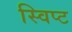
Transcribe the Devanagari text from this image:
स्विप्ट